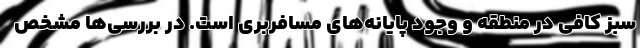
سبز کافی در منطقه و وجود پایانه‌های مسافربری است. در بررسی‌ها مشخص